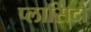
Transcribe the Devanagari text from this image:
प्लासिदो